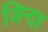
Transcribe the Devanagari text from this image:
जिन्दह